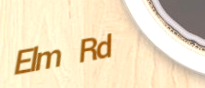
Elm Rd